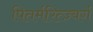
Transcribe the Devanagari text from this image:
पितर्मरित्ज़्बर्ग